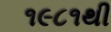
૧૯૮૧થી